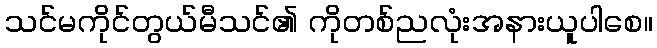
သင်မကိုင်တွယ်မီသင်၏ ကိုတစ်ညလုံးအနားယူပါစေ။